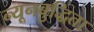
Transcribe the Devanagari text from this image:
न्यूनबुद्धिता